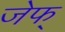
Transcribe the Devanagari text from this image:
जेफ्